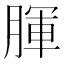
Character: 腪